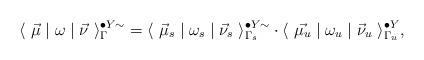
LaTeX: \begin{align*} \langle~ \vec{\mu} \mid \omega \mid \vec{\nu}~\rangle^{\bullet Y \sim}_\Gamma = \langle~ \vec{\mu}_s \mid \omega_s \mid \vec{\nu}_s~\rangle^{\bullet Y \sim}_{\Gamma_s} \cdot\langle~ \vec{\mu_u} \mid \omega_u \mid \vec{\nu}_u~\rangle^{\bullet Y}_{\Gamma_u} ,\end{align*}